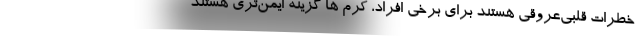
خطرات قلبی‌عروقی هستند برای برخی افراد، کرم ها گزینه ایمن‌تری هستند